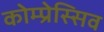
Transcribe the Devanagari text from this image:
कोम्प्रेस्सिव